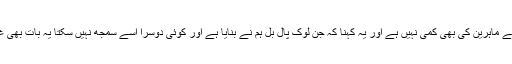
قانون کے ماہرین کی بھی کمی نہیں ہے اور یہ کہنا کہ جن لوک پال بل ہم نے بنایا ہے اور کوئی دوسرا اسے سمجھ نہیں سکتا یہ بات بھی غلط ہے۔